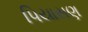
પિયાસણ